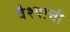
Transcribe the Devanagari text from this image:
वैश्याची